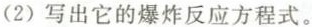
(2)写出它的爆炸反应方程式。